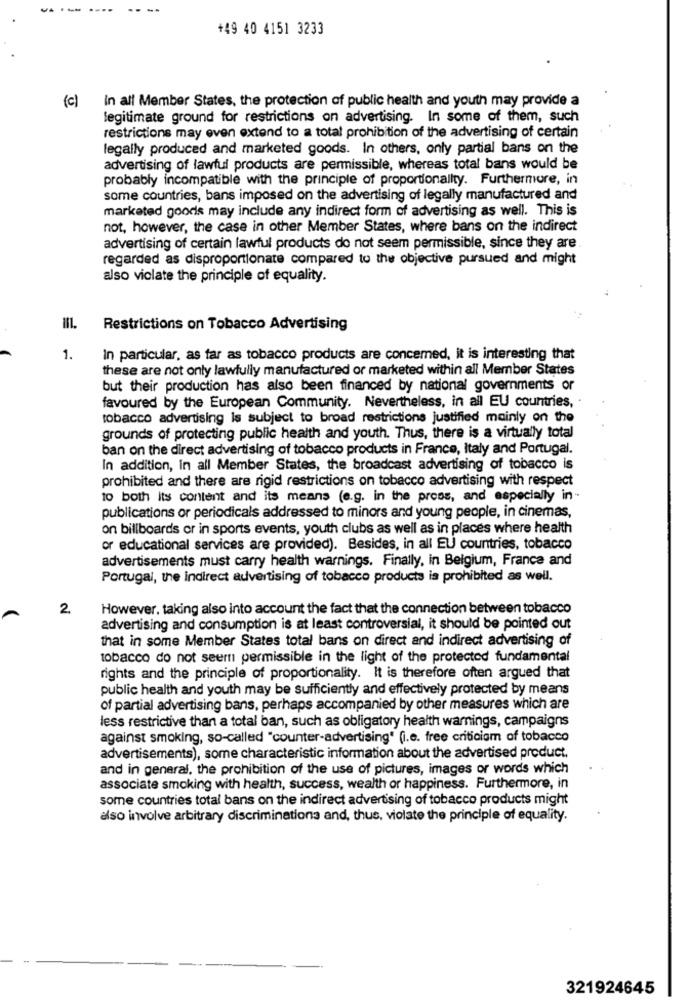
---- ....
-- --
+49 40 4151 3233
(c)
In all Member States, the protection of public health and youth may provide a
legitimate ground for restrictions on advertising. In some of them, such
restrictions may even extend to a total prohibition of the advertising of certain
legally produced and marketed goods. In others, only partial bans on the
advertising of lawful products are permissible, whereas total bans would be
probably incompatible with the principle of proportionality. Furthermore, in
some countries, bans imposed on the advertising of legally manufactured and
marketed goods may include any indirect form of advertising as well. This is
not, however, the case in other Member States, where bans on the indirect
advertising of certain lawful products do not seem permissible, since they are.
regarded as disproportionate compared to the objective pursued and might
also violate the principle of equality.
Restrictions on Tobacco Advertising
1.
In particular, as far as tobacco products are concerned, it is interesting that
these are not only lawfully manufactured or marketed within all Member States
but their production has also been financed by national governments or
favoured by the European Community. Nevertheless, in all EU countries, .
tobacco advertising is subject to broad restrictions justified mainly on the
grounds of protecting public health and youth. Thus, there is a virtually total
ban on the direct advertising of tobacco products in France, Italy and Portugal.
In addition, in all Member States, the broadcast advertising of tobacco is
prohibited and there are rigid restrictions on tobacco advertising with respect
10 both its content and its means (e.g. in the press, and especially in -
publications or periodicals addressed to minors and young people, in cinemas,
on billboards or in sports events, youth clubs as well as in places where health
or educational services are provided). Besides, in all EU countries, tobacco
advertisements must carry health warnings. Finally, in Belgium, France and
Portugal, the indirect advertising of tobacco products is prohibited as well.
2.
However, taking also into account the fact that the connection between tobacco
advertising and consumption is at least controversial, it should be pointed out
that in some Member States total bans on direct and indirect advertising of
tobacco do not seem permissible in the light of the protected fundamental
rights and the principle of proportionality. It is therefore often argued that
public health and youth may be sufficiently and effectively protected by means
of partial advertising bans, perhaps accompanied by other measures which are
less restrictive than a total ban, such as obligatory health warnings, campaigns
against smoking, so-called "counter-advertising" (i.e. free criticism of tobacco
advertisements), some characteristic information about the advertised product.
and in general, the prohibition of the use of pictures, images or words which
associate smoking with health, success, wealth or happiness. Furthermore, in
some countries total bans on the indirect advertising of tobacco products might
also involve arbitrary discriminationa and, thus, violate the principle of equality.
321924645